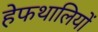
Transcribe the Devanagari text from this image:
हेफथालियों